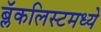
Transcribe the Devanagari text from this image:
ब्लॅकलिस्टमध्ये